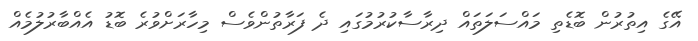
އޭގެ އިތުރުން ބޮޑެތި މައްސަލަތައް ދިރާސާކުރުމުގައި ދެ ފަރާތުންވެސް މިހާރަށްވުރެ ބޮޑު އެއްބާރުލުމެއް